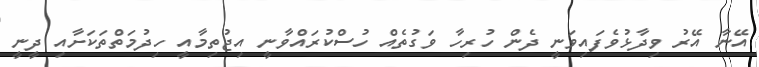
އޭނާ އޭރު ވިދާޅުވެފައިވަނީ ދެން ހުރިހާ ވަގުތެއް ހުސްކުރައްވާނީ އިޖުތިމާއީ ހިދުމަތްތަކަށާއި ދީނީ